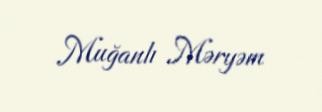
Muğanlı Məryəm